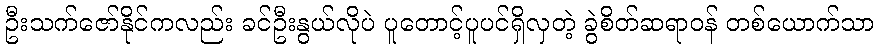
ဦးသက်ဇော်နိုင်ကလည်း ခင်ဦးနွယ်လိုပဲ ပူတောင့်ပူပင်ရှိလှတဲ့ ခွဲစိတ်ဆရာဝန် တစ်ယောက်သာ